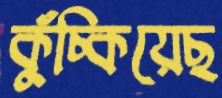
কুঁচ্‌কিয়েছ